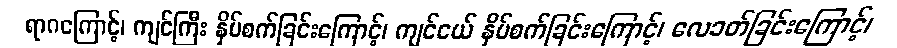
ရာဂကြောင့်၊ ကျင်ကြီး နှိပ်စက်ခြင်းကြောင့်၊ ကျင်ငယ် နှိပ်စက်ခြင်းကြောင့်၊ လေခတ်ခြင်းကြောင့်၊